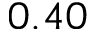
0 . 4 0